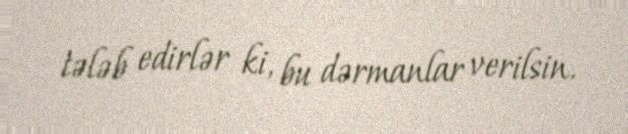
tələb edirlər ki, bu dərmanlar verilsin.